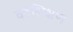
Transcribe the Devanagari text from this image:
वेदशिक्षण